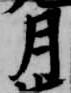
月